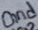
Text: Gnd